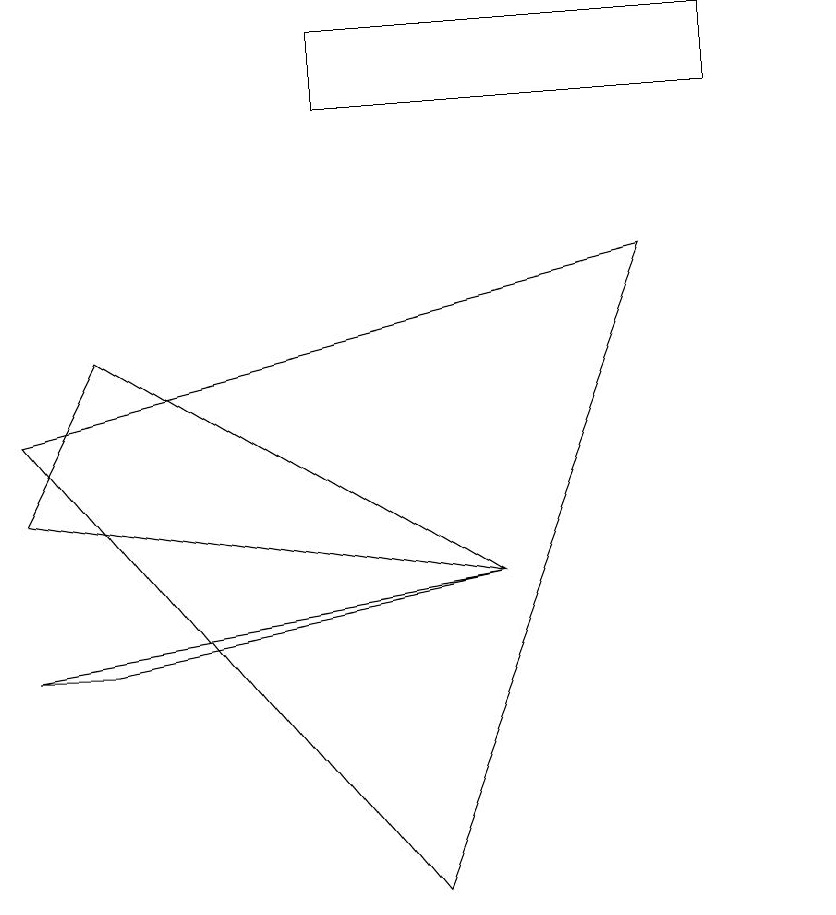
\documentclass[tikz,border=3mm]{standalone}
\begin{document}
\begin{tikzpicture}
\draw (8,9) -- (0,7) -- (5,1) -- cycle;
\draw (6,5) -- (0,4) -- (1,4) -- cycle;
\draw (5,11) rectangle (9,11);
\draw (0,6) -- (6,5) -- (1,8) -- cycle;
\draw (10,10) circle (0);
\draw (9,11) rectangle (4,12);
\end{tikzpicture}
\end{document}